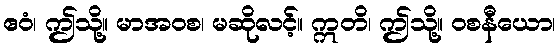
ဧဝံ၊ ဤသို့။ မာအဝစ၊ မဆိုလင့်။ ဣတိ၊ ဤသို့။ ဝစနီယော၊